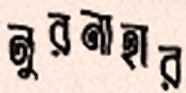
নুরনাহার